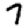
Digit: 7